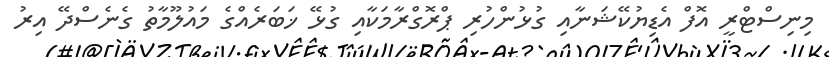
މިނިސްޓްރީ އޮފް އެޑިޔުކޭޝަނާއި ގުޅުންހުރި ޕްރޮގްރާމަކާއި ގުޅޭ ޚަބަރެއްގެ މައުލޫމާތު ގެނެސްދޭ އިރު